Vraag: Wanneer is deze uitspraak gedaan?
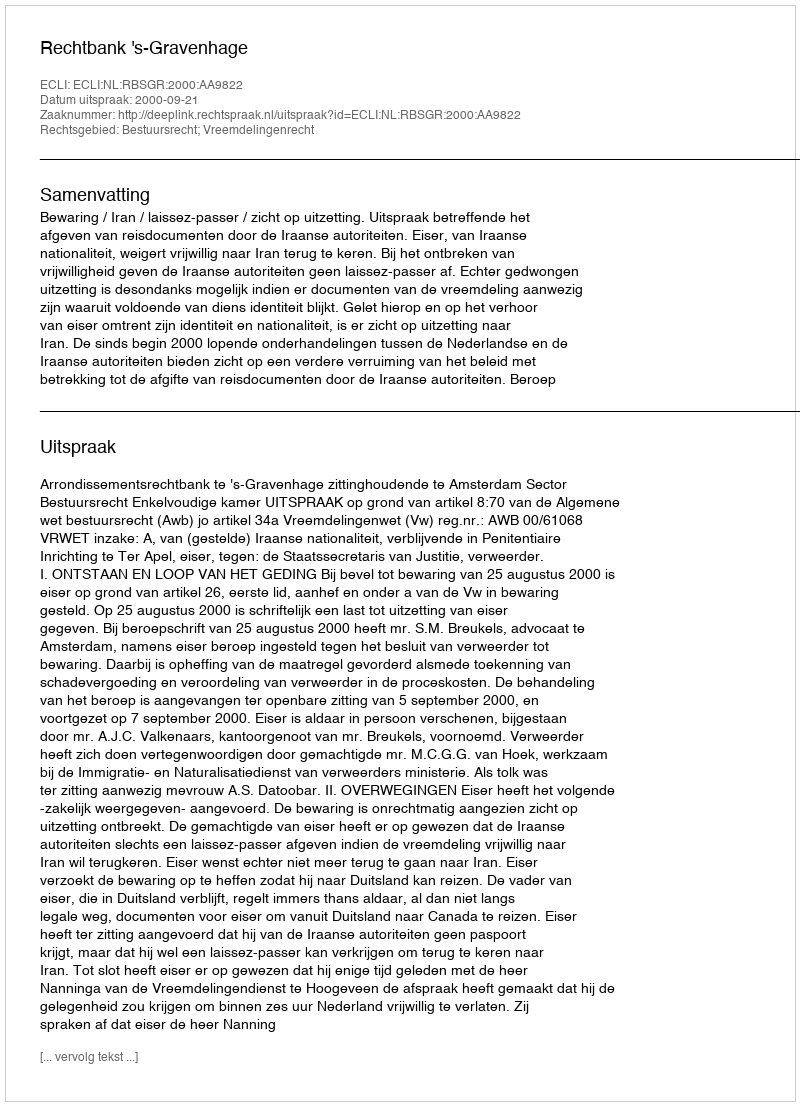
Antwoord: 2000-09-21